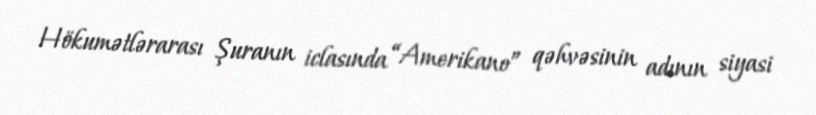
Hökumətlərarası Şuranın iclasında “Amerikano” qəhvəsinin adının siyasi